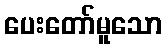
ပေးတော်မူသော